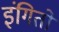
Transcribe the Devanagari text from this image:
इंगितों